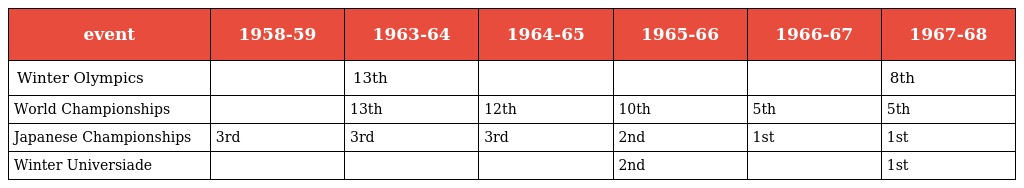
| event | 1958-59 | 1963-64 | 1964-65 | 1965-66 | 1966-67 | 1967-68 |
 | --- | --- | --- | --- | --- | --- | --- |
 | Winter Olympics |  | 13th |  |  |  | 8th |
 | World Championships |  | 13th | 12th | 10th | 5th | 5th |
 | Japanese Championships | 3rd | 3rd | 3rd | 2nd | 1st | 1st |
 | Winter Universiade |  |  |  | 2nd |  | 1st |